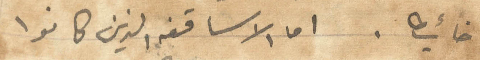
اخائيطا. اما الاساقفه الذين كانوا